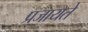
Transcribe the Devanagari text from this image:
प्रजायते